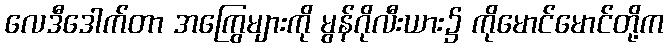
လေဒီဒေါက်တာ အကြွေများကို မွန်ဂိုလီးယား၌ ကိုမောင်မောင်တို့က